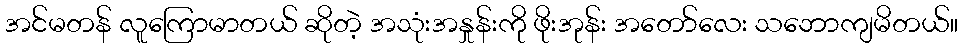
အင်မတန် လူကြောမာတယ် ဆိုတဲ့ အသုံးအနှုန်းကို ဖိုးအုန်း အတော်လေး သဘောကျမိတယ်။